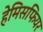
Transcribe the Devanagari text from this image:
हेमिसफियर